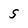
Character: s